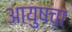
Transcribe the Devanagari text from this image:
आयुषचा